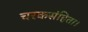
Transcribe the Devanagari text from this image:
चरकसंहिता।